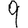
Digit: 9